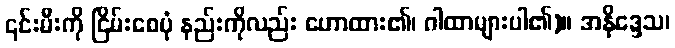
၎င်းမီးကို ငြိမ်းစေပုံ နည်းကိုလည်း ဟောထား၏၊ ဂါထာများပါ၏)။ အနိဒ္ဒေသ၊